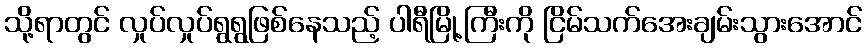
သို့ရာတွင် လှုပ်လှုပ်ရွရွဖြစ်နေသည့် ပါရီမြို့ကြီးကို ငြိမ်သက်အေးချမ်းသွားအောင်